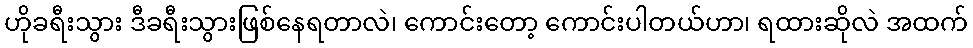
ဟိုခရီးသွား ဒီခရီးသွားဖြစ်နေရတာလဲ၊ ကောင်းတော့ ကောင်းပါတယ်ဟာ၊ ရထားဆိုလဲ အထက်